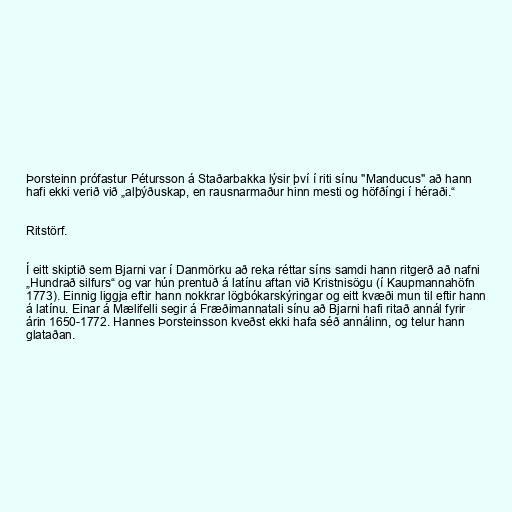
Þorsteinn prófastur Pétursson á Staðarbakka lýsir því í riti sínu "Manducus" að hann
hafi ekki verið við „alþýðuskap, en rausnarmaður hinn mesti og höfðíngi í héraði.“

Ritstörf.

Í eitt skiptið sem Bjarni var í Danmörku að reka réttar síns samdi hann ritgerð að nafni
„Hundrað silfurs“ og var hún prentuð á latínu aftan við Kristnisögu (í Kaupmannahöfn
1773). Einnig liggja eftir hann nokkrar lögbókarskýringar og eitt kvæði mun til eftir hann
á latínu. Einar á Mælifelli segir á Fræðimannatali sínu að Bjarni hafi ritað annál fyrir
árin 1650-1772. Hannes Þorsteinsson kveðst ekki hafa séð annálinn, og telur hann
glataðan.